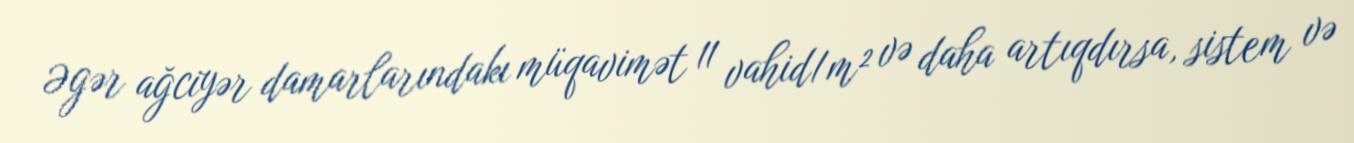
Əgər ağciyər damarlarındakı müqavimət 11 vahid/m² və daha artıqdırsa, sistem və